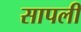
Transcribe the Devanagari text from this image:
सापली